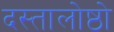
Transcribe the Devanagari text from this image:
दस्तालोष्ठो